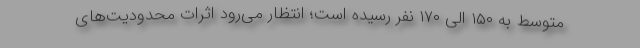
متوسط به ۱۵۰ الی ۱۷۰ نفر رسیده است؛ انتظار می‌رود اثرات محدودیت‌های